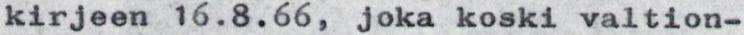
kirjeen 16.8.66, joka koski valtion-